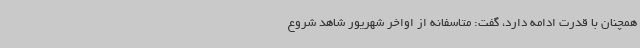
همچنان با قدرت ادامه دارد، گفت: متاسفانه از اواخر شهریور شاهد شروع